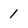
Character: 1